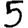
Digit: 5